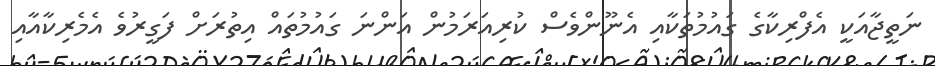
ނަތީޖާއަކީ އެފްރިކާގެ ގައުމުތަކާއި އެނޫންވެސް ކުރިއަރަމުން އަންނަ ގައުމުތައް އިތުރަށް ފަގީރުވެ އެމެރިކާއާއި